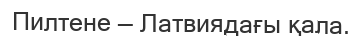
Пилтене — Латвиядағы қала.